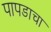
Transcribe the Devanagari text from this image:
पापडाचा